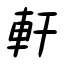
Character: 軒